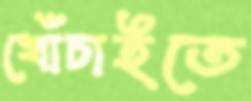
খোঁচাইতে